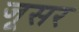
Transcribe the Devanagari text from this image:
जूसर